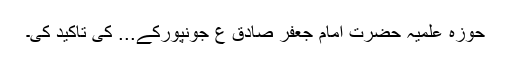
حوزہ علمیہ حضرت امام جعفر صادق ع جونپورکے... کی تاکید کی۔